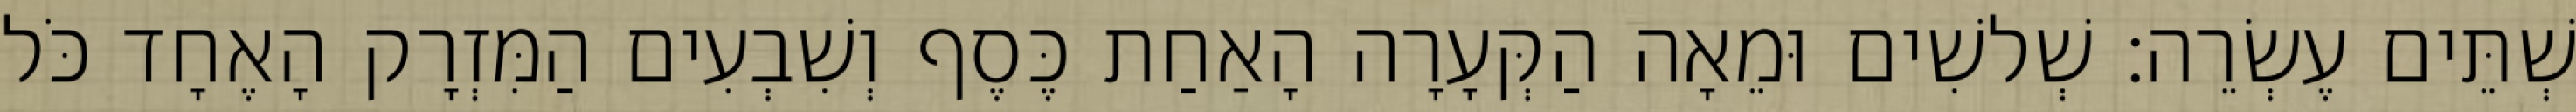
שְׁתֵּים עֶשְׂרֵה׃ שְׁלשִׁים וּמֵאָה הַקְּעָרָה הָאַחַת כֶּסֶף וְשִׁבְעִים הַמִּזְרָק הָאֶחָד כֹּל